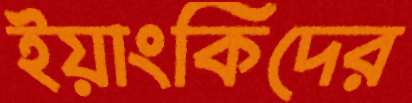
ইয়াংকিদের